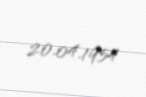
20.04.1954